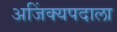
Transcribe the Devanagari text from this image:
अजिंक्यपदाला